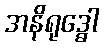
အနိရုဒ္ဓေါ